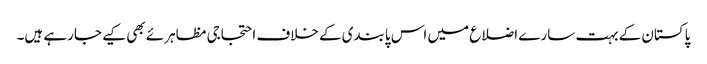
پاکستان کے بہت سارے اضلاع میں اس پابندی کے خلاف احتجاجی مظاہرئے بھی کیے جارہے ہیں۔